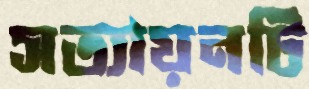
সত্যায়নটি